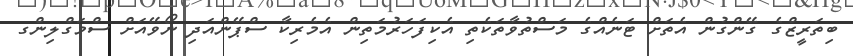
ބިތަރީޒްގެ ގޭންގުން އެތަށް ޓަނެއްގެ މަސްތުވާތަކެތި އެކިފަހަރުމަތިން އެމެރިކާ ސްޕޭންއަދި ނޯވޭއަށް ސްމަގްލިންގ